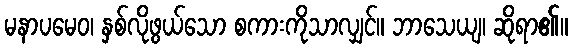
မနာပမေဝ၊ နှစ်လိုဖွယ်သော စကားကိုသာလျှင်။ ဘာသေယျ၊ ဆိုရာ၏။